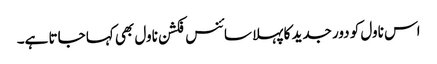
اس ناول کو دور جدید کا پہلا سائنس فکشن ناول بھی کہا جاتا ہے۔